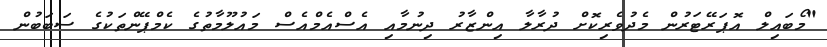
"މޯބައިލް އޮޕަރޭޓަރުން މެދުވެރިކޮށް ދުރާލާ އިންޒާރު ދިނުމާއި އެސްއެމްއެސް މައުލޫމާތުގެ ކެމްޕޭންތަކުގެ ސަބަބުން